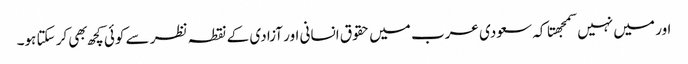
اور میں نہیں سمجهتا کہ سعودی عرب میں حقوق انسانی اور آزادی کے نقطہ نظر سے کوئی کچھ بهی کر سکتا ہو۔